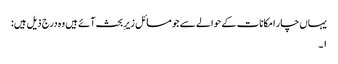
یہاں چار امکانات کے حوالے سے جو مسائل زیرِ بحث آئے ہیں وہ درج ذیل ہیں:
۱۔